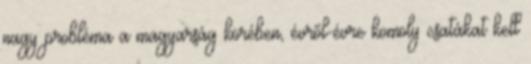
nagy probléma a magyarság körében, évről-évre komoly csatákat kell